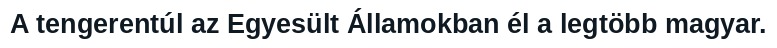
A tengerentúl az Egyesült Államokban él a legtöbb magyar.